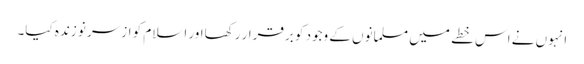
انہوں نے اس خطے میں مسلمانوں کے وجود کو برقرار رکھااور اسلام کو ازسر نو زندہ کیا۔